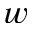
w